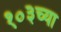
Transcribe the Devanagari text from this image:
१०३च्या